Newspaper: Washington standard. [volume]
Place of publication: Olympia, Wash. Territory
Publisher: John M. Murphy
Date: 1880-12-03 00:00:00
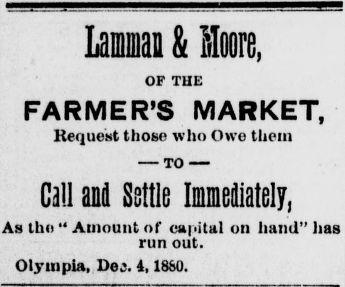
Advertisement text (OCR):
Laiuai & Mm, OF THE FARMER'S MARKET, Request those who Owe them TO Call and Ssttle Immediately, As the " Amount of capital oil hand" has run out. Olympia, Deo. 1,1880.
Label: text-only